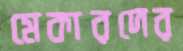
মেকারদের